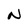
Character: N